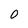
Character: O